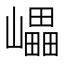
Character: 𡾊